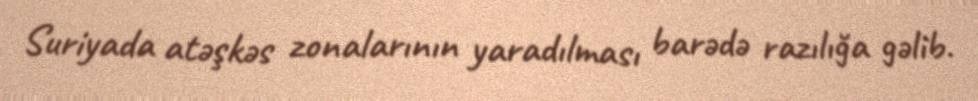
Suriyada atəşkəs zonalarının yaradılması barədə razılığa gəlib.